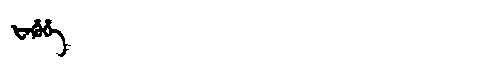
Manchu: ᡶᡝᡥᡠᡥᡝ
Romanization: FEHUHE